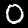
Label: 0